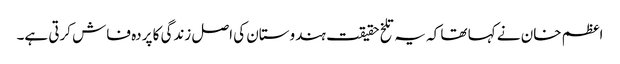
اعظم خان نے کہا تھا کہ یہ تلخ حقیقت ہندوستان کی اصل زندگی کا پردہ فاش کرتی ہے۔